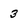
Character: 3